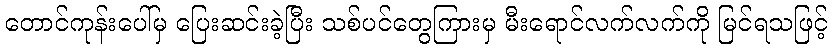
တောင်ကုန်းပေါ်မှ ပြေးဆင်းခဲ့ပြီး သစ်ပင်တွေကြားမှ မီးရောင်လက်လက်ကို မြင်ရသဖြင့်